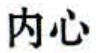
内心